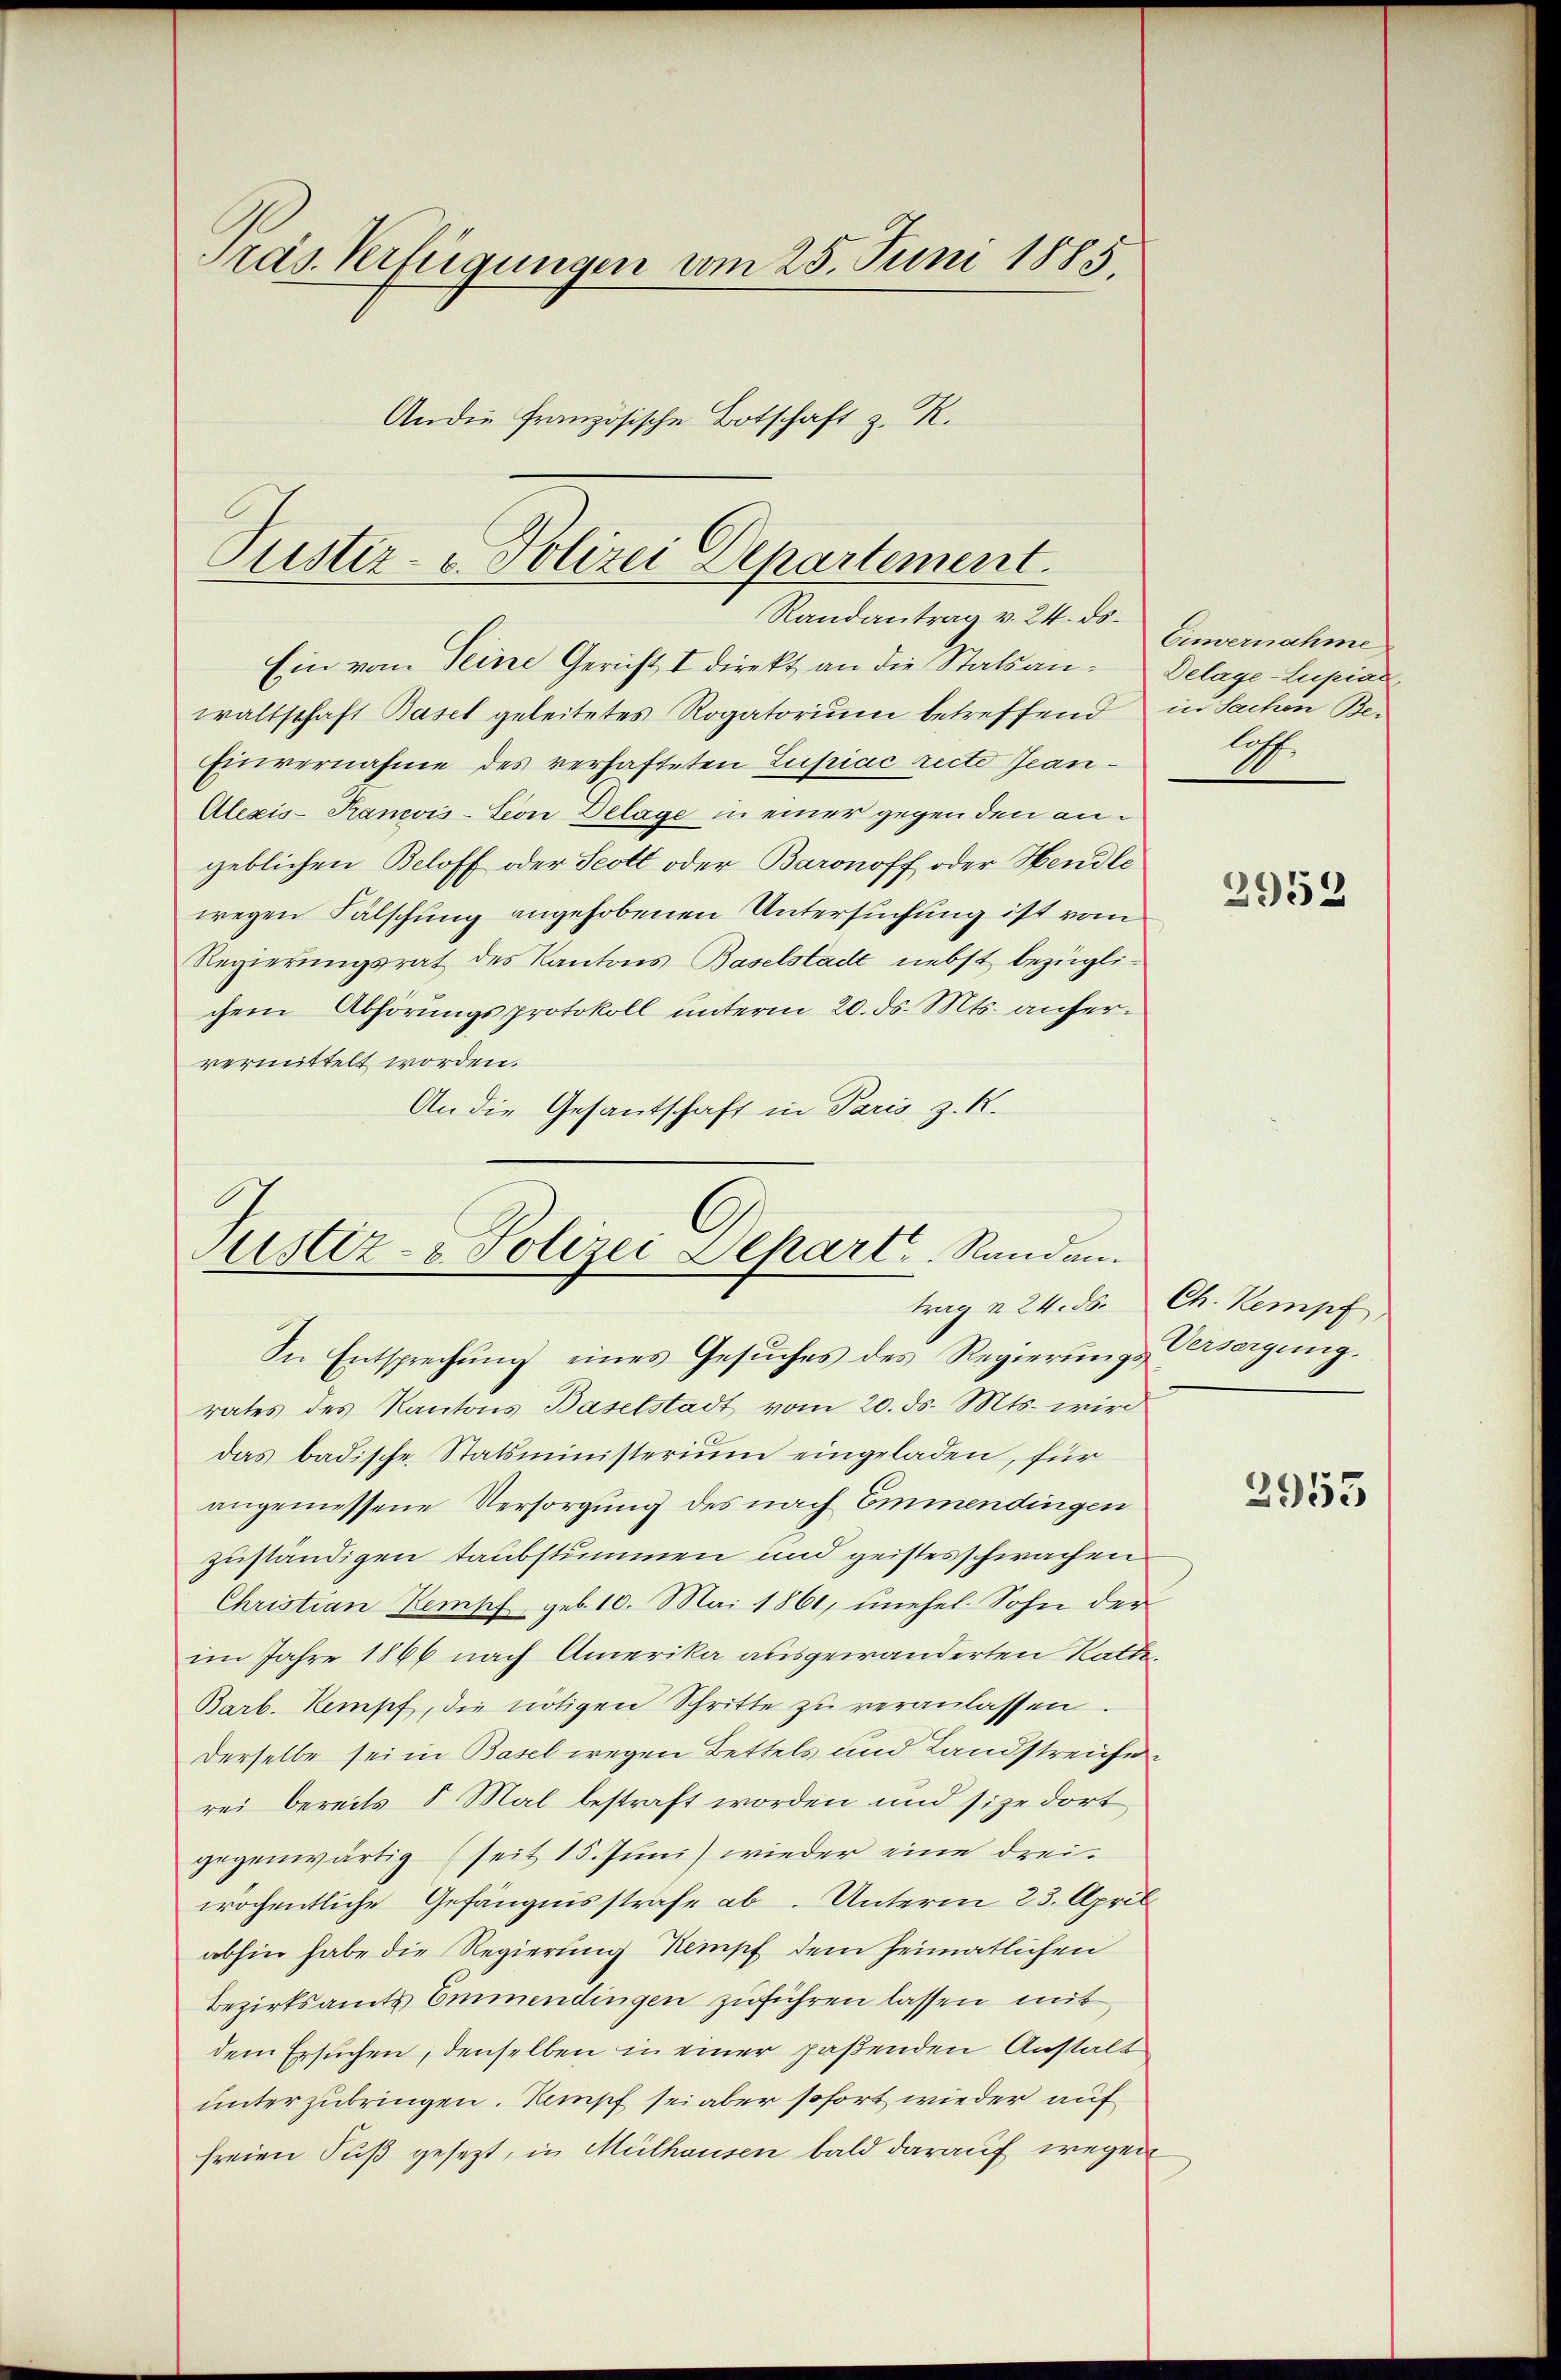
Präs. Verfügungen vom 25. Juni 1885.
An die französische Botschaft z. R.

Pustiz- u. Polizei Departement.
Randantrag v. 24. ds.

Justiz- & Polizei Depart. Randantrag u. 24. ds. Ch. Kempf

In Entsprechung eines Gesuches des Regierungs-Versorgung.
rates des Kantons Baselstadt vom 20. ds. Mts. wird
das badische Statsministerium eingeladen, für
angemessene Versorgung des nach Emmendingen
zuständigen taubstummen und geistesschwachen
Christian Kempf geb. 10. Mai 1861, unehel. Sohn der
im Jahre 1866 nach Amerika ausgewanderten Rathe¬
Barb. Kampf, die nötigen Schritte zŭ veranlassen.
Derselbe sei in Basel wegen Bettels und Landstreiche
rei bereits 5 Mal bestraft worden und sie dort
gegenwärtig (seit 15. Juni wieder eine dreiwöchentliche Gefängnisstrafe ab. Unterm 23. April
abhin habe die Regierung Kempf dem heimatlichen
Bezirksamts Emmendingen zuführen lassen mit
dem Ersuchen, denselben in einer paßenden Anstalt
unterzubringen. Kampf sei aber sofort wieder auf
freien Fuß gesezt, in Mülhausen bald darauf wegen

Ein von Seine Gericht I direkt an die Statsanwaltschaft Basel geleitetes Rogatorium betreffend in Sachen Be¬
Einvernahme des verhafteten Lupiae recte Jean¬
Alexis-Krancois-Seon Delage in einer gegen den angeblichen Beloff oder Scott oder Baronoff oder Hendle
wegen Fälschung angehobenen Untersuchung ist vom
Regierungsrat des Kantons Baselstadt nebst bezüglichem Abhörungsprotokoll unterm 20. ds. Mts. anfervermittelt worden.
An die Gesantschaft in Paris z. K.

Einvernahme
Delage-Zupiat,
A
—

2953

2955